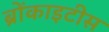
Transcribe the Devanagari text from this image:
ब्रोंकाइटीस